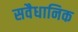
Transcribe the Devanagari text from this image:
सवैधानिक